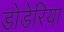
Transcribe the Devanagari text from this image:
डोडेरिया